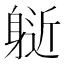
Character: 𨉘